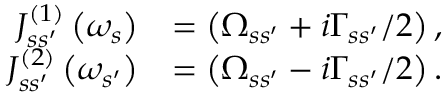
\begin{array} { r l } { J _ { s s ^ { \prime } } ^ { \left( 1 \right) } \left( \omega _ { s } \right) } & { = \left( \Omega _ { s s ^ { \prime } } + i \Gamma _ { s s ^ { \prime } } / 2 \right) , } \\ { J _ { s s ^ { \prime } } ^ { \left( 2 \right) } \left( \omega _ { s ^ { \prime } } \right) } & { = \left( \Omega _ { s s ^ { \prime } } - i \Gamma _ { s s ^ { \prime } } / 2 \right) . } \end{array}